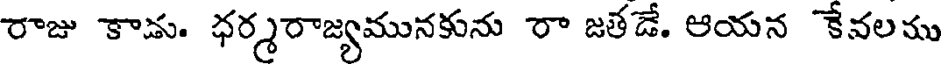
రాజు కాడు. ధర్మరాజ్యమునకును రా జతడే. ఆయన కేవలము